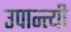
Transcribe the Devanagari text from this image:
उपान्त्यी